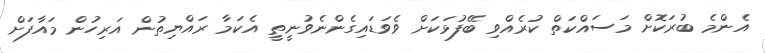
އެންމެ ބުރަކޮށް މަސައްކަތް ކުރެއްވި ބޭފުޅަކަށް ވެވަޑައިގެންނެވުނީތީ އެކަމާ ރައްޔިތުން އަރިހުން މައާފަށް